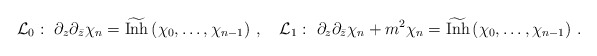
\begin{align*}{\cal L}_0:\,\, \partial_z\partial_{\bar{z}}\chi_n=\widetilde{\mbox{Inh}}\left(\chi_0,\ldots,\chi_{n-1}\right)\,,\quad {\cal L}_1:\,\, \partial_z\partial_{\bar{z}}\chi_n+m^2\chi_n=\widetilde{\mbox{Inh}}\left(\chi_0,\ldots,\chi_{n-1}\right)\,.\end{align*}